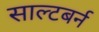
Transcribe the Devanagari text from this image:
साल्टबर्न